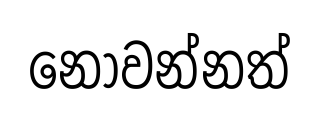
නොවන්නත්